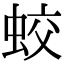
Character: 蛟